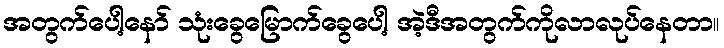
အတွက်ပေါ့နော် သုံးခွေမြောက်ခွေပေါ့ အဲ့ဒီအတွက်ကိုလာလုပ်နေတာ။